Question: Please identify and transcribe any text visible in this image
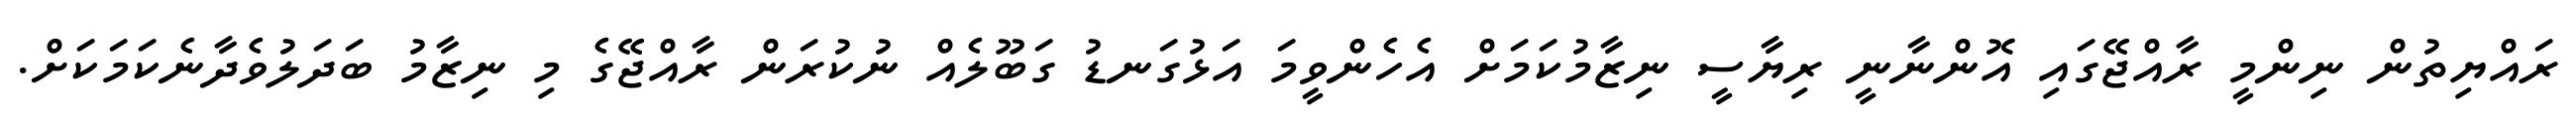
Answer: ރައްޔިތުން ނިންމީ ރާއްޖޭގައި އޮންނާނީ ރިޔާސީ ނިޒާމުކަމަށް އެހެންވީމަ އަޅުގަނޑު ގަބޫލެއް ނުކުރަން ރާއްޖޭގެ މި ނިޒާމު ބަދަލުވެދާނެކަމަކަށް.